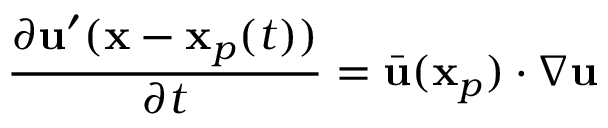
\frac { \partial \mathbf { u } ^ { \prime } ( \mathbf { x } - \mathbf { x } _ { p } ( t ) ) } { \partial t } = \bar { \mathbf { u } } ( \mathbf { x } _ { p } ) \cdot \nabla \mathbf { u }